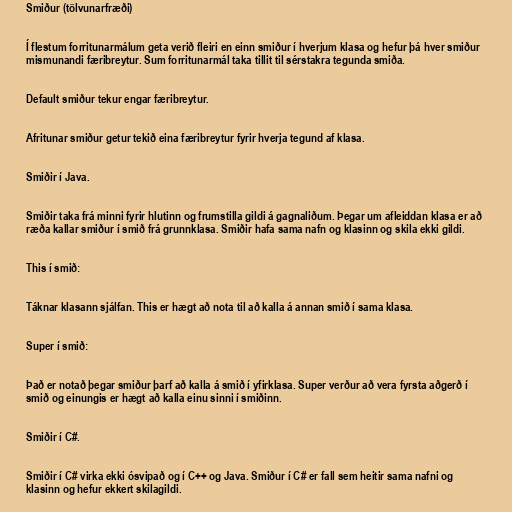
Smiður (tölvunarfræði)

Í flestum forritunarmálum geta verið fleiri en einn smiður í hverjum klasa og hefur þá hver smiður
mismunandi færibreytur. Sum forritunarmál taka tillit til sérstakra tegunda smiða.

Default smiður tekur engar færibreytur.

Afritunar smiður getur tekið eina færibreytur fyrir hverja tegund af klasa.

Smiðir í Java.

Smiðir taka frá minni fyrir hlutinn og frumstilla gildi á gagnaliðum. Þegar um afleiddan klasa er að
ræða kallar smiður í smið frá grunnklasa. Smiðir hafa sama nafn og klasinn og skila ekki gildi.

This í smið:

Táknar klasann sjálfan. This er hægt að nota til að kalla á annan smið í sama klasa.

Super í smið:

Það er notað þegar smiður þarf að kalla á smið í yfirklasa. Super verður að vera fyrsta aðgerð í
smið og einungis er hægt að kalla einu sinni í smiðinn.

Smiðir í C#.

Smiðir í C# virka ekki ósvipað og í C++ og Java. Smiður í C# er fall sem heitir sama nafni og
klasinn og hefur ekkert skilagildi.